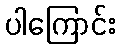
ပါကြောင်း